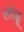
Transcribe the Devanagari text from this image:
लोळू